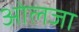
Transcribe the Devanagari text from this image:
ओलजा